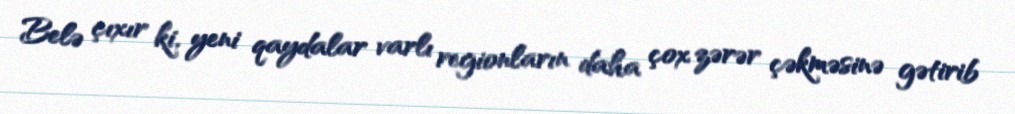
Belə çıxır ki, yeni qaydalar varlı regionların daha çox zərər çəkməsinə gətirib